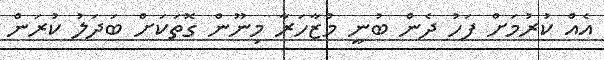
އެއް ކުރުމަށް ފަހު ދެން ބުނީ މުޒާހަރާ މިނޫން ގޮތަކަށް ބަދަލު ކުރަން